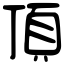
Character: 頂